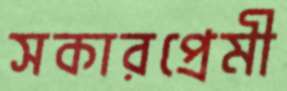
সকারপ্রেমী